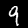
Digit: 9